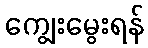
ကျွေးမွေးရန်